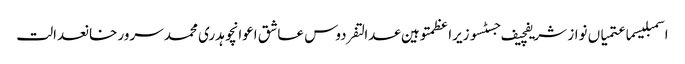
اسمبلیسماعتمیاں نواز شریفچیف جسٹسوزیراعظمتوہین عدالتفردوس عاشق اعوانچوہدری محمد سرور خانعدالت